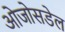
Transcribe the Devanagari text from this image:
ओजोसडेल